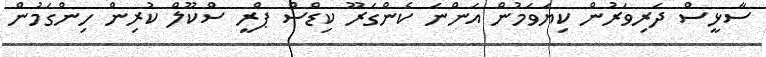
ސާޅީސް ދަރިވަރުން ކިޔަވަމުން އަންނަ ކެންގަރޫ ކިޑްސް ޕްރީ ސްކޫލް ކުރިން ހިންގަމުން